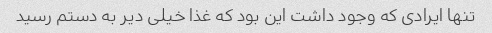
تنها ایرادی که وجود داشت این بود که غذا خیلی دیر به دستم رسید